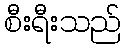
စီးရီးသည်